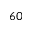
^ { 6 0 }